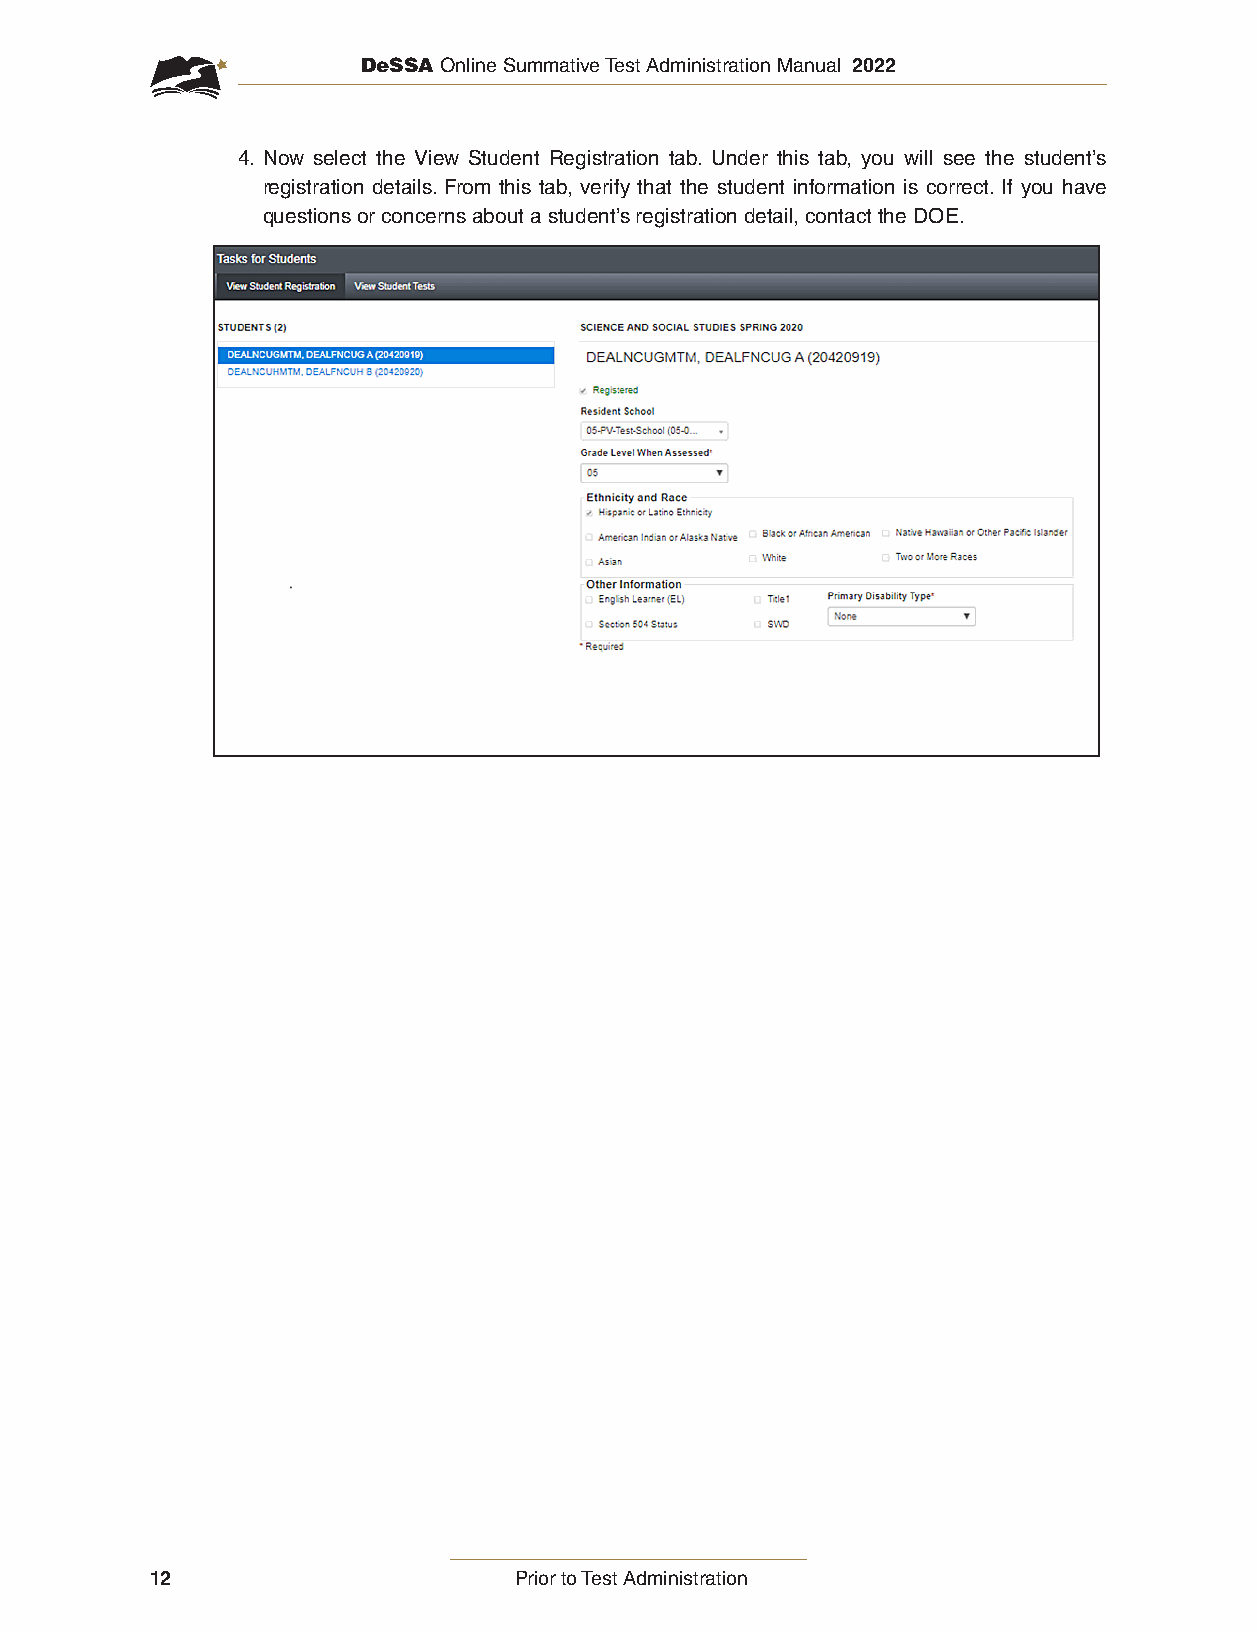
DeSSA Online Summative Test Administration Manual 2022
 4. Now select the View Student Registration tab. Under this tab, you will see the student’s
 registration details. From this tab, verify that the student information is correct. If you have
 questions or concerns about a student’s registration detail, contact the DOE.
 12                      Prior to Test Administration